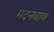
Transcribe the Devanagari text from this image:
मदनबाण